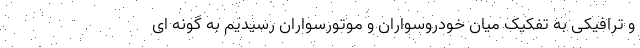
و ترافیکی به تفکیک میان خودروسواران و موتورسواران رسیدیم به گونه ای